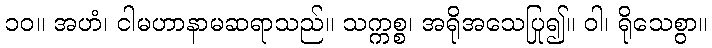
၁၀။ အဟံ၊ ငါမဟာနာမဆရာသည်။ သက္ကစ္စ၊ အရိုအသေပြု၍။ ဝါ၊ ရိုသေစွာ။